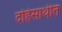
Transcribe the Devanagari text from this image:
दहिसाथीत